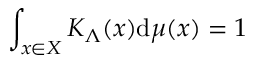
\int _ { x \in { \cal { X } } } K _ { \Lambda } ( x ) \mathrm { d } \mu ( x ) = 1